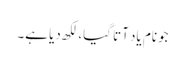
جونام یاد آتا گیا، لکھ دیا ہے۔